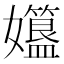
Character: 孂